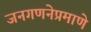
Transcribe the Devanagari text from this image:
जनगणनेप्रमाणे